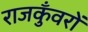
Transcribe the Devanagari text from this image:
राजकुँवरों